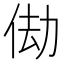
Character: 𬾆